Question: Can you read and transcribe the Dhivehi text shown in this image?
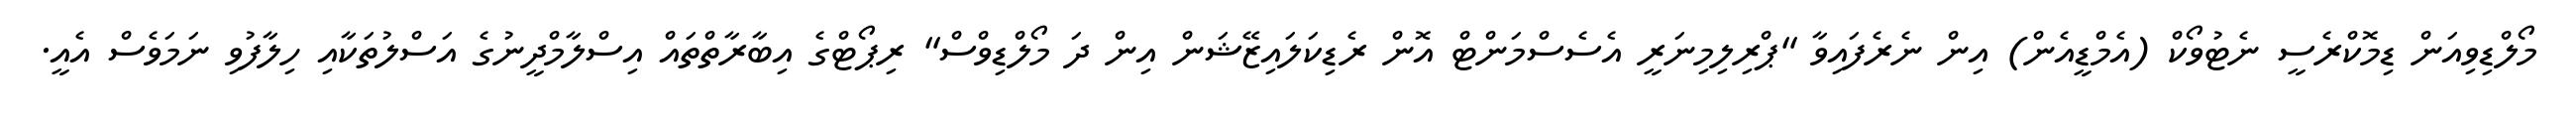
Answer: މޯލްޑިވިއަން ޑިމޮކްރެސީ ނެޓުވޯކް (އެމްޑީއެން) އިން ނެރެފައިވާ "ޕްރިލިމިނަރީ އެސެސްމަންޓް އޮން ރެޑިކަލައިޒޭޝަން އިން ދަ މޯލްޑިވްސް" ރިޕޯޓްގެ އިބާރާތްތައް އިސްލާމްދީނުގެ އަސްލުތަކާއި ހިލާފުވި ނަމަވެސް އެއީ.